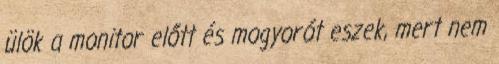
ülök a monitor előtt és mogyorót eszek, mert nem